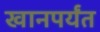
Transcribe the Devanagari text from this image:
खानपर्यंत